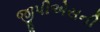
જીપીએસની